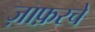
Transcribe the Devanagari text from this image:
ज़ाफ़रचे